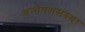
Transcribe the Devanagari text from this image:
अन्वेषणसंस्था